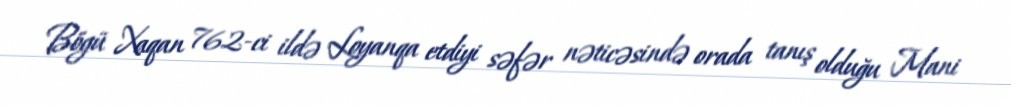
Bögü Xaqan 762-ci ildə Loyanqa etdiyi səfər nəticəsində orada tanış olduğu Mani